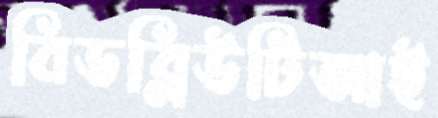
বিডব্লিউটিআই